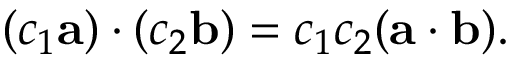
( c _ { 1 } \mathbf { a } ) \cdot ( c _ { 2 } \mathbf { b } ) = c _ { 1 } c _ { 2 } ( \mathbf { a } \cdot \mathbf { b } ) .